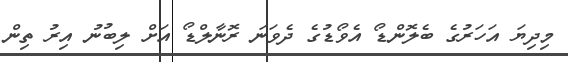
މިދިޔަ އަހަރުގެ ބެލޮންޑޯ އެވޯޑުގެ ދެވަނަ ރޮނާލްޑޯ އަށް ލިބުނު އިރު ތިން